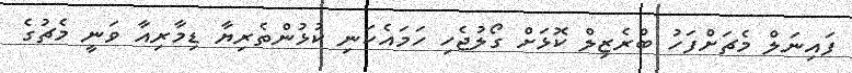
ފައިނަލް މެޗަށްފަހު ބްރެޒިލް ކޮޅަށް ގޯލުޖެހި ހަމައެކަނި ކުޅުންތެރިޔާ ޑިމާރިއާ ވަނީ މެޗުގެ